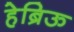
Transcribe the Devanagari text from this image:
हेब्रिऊ